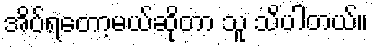
အိပ်ရတော့မယ်ဆိုတာ သူ သိပါတယ်။